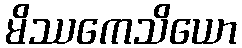
မိဿကေသိယော